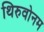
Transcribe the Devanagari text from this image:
थिरुवोनम